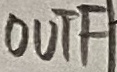
Text: OUTF